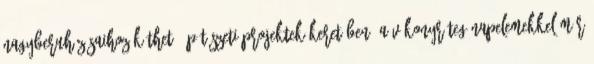
nagyberuházásaihoz köthető építészeti projektek keretében, a vékonyréteg napelemekkel már